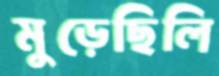
মুড়েছিলি